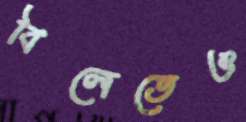
বিলেতেও